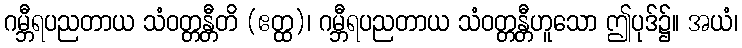
ဂမ္ဘီရပညတာယ သံဝတ္တန္တီတိ (ဧတ္ထ)၊ ဂမ္ဘီရပညတာယ သံဝတ္တန္တီဟူသော ဤပုဒ်၌။ အယံ၊